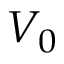
V _ { 0 }